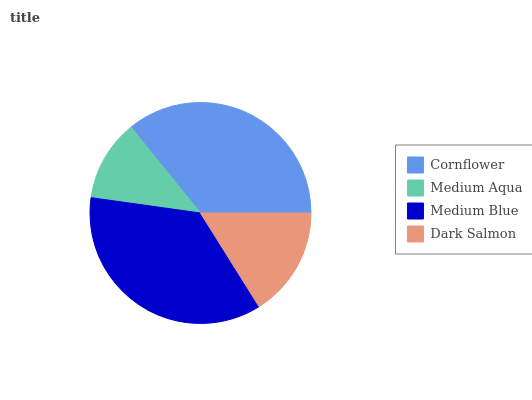
| Cornflower | Medium Aqua | Medium Blue | Dark Salmon |
 | --- | --- | --- | --- |
 | 35.8% | 12% | 36.1% | 16.1% |